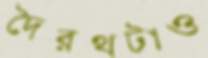
দ্বৈরথটাও